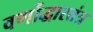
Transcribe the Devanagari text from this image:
वर्णोद्धारतंत्र